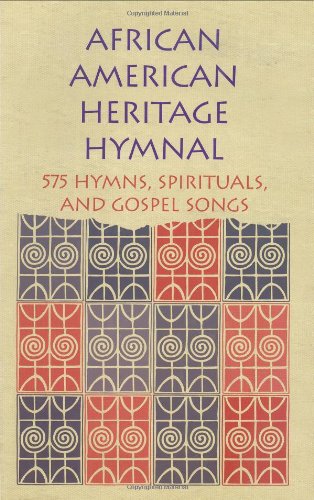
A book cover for African American Heritage Hymnal: 575 Hymns, Spirituals, and Gospel Songs; Humor & Entertainment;